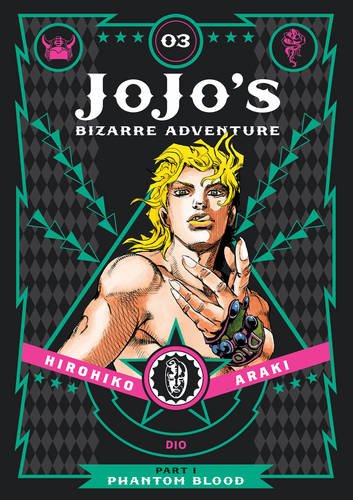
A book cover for JoJo's Bizarre Adventure: Part 1--Phantom Blood, Vol. 3; Hirohiko Araki; Comics & Graphic Novels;